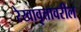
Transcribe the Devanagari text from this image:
रेखावृत्तावरील